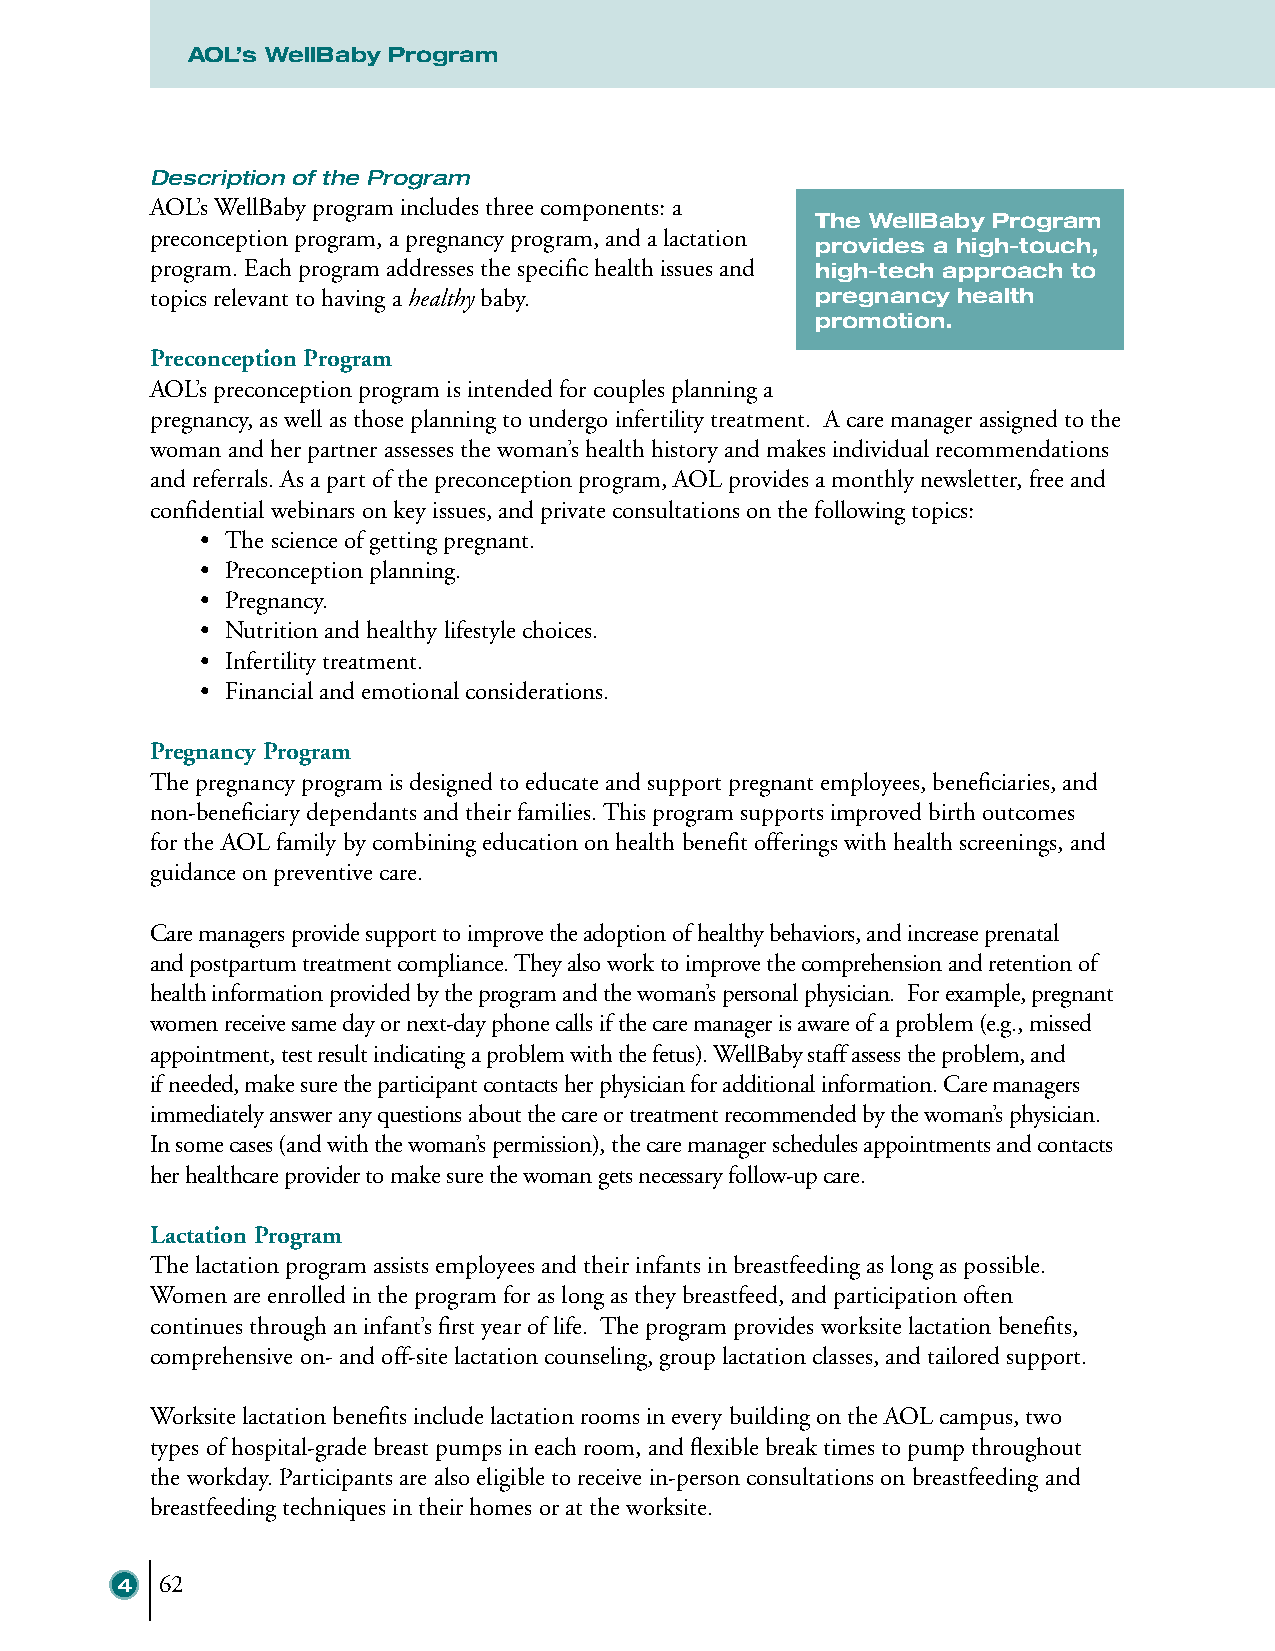
AOL’s WellBaby Program
 Description of the Program
 AOL’s WellBaby program includes three components: a
 The WellBaby Program
 preconception program, a pregnancy program, and a lactation
 provides a high-touch,
 program. Each program addresses the specific health issues and high-tech approach to
 topics relevant to having a healthy baby.   pregnancy health
 promotion.
 Preconception Program
 AOL’s preconception program is intended for couples planning a
 pregnancy, as well as those planning to undergo infertility treatment. A care manager assigned to the
 woman and her partner assesses the woman’s health history and makes individual recommendations
 and referrals. As a part of the preconception program, AOL provides a monthly newsletter, free and
 confidential webinars on key issues, and private consultations on the following topics:
 • The science of getting pregnant.
 • Preconception planning.
 • Pregnancy.
 • Nutrition and healthy lifestyle choices.
 • Infertility treatment.
 • Financial and emotional considerations.
 Pregnancy Program
 The pregnancy program is designed to educate and support pregnant employees, beneficiaries, and
 non-beneficiary dependants and their families. This program supports improved birth outcomes
 for the AOL family by combining education on health benefit offerings with health screenings, and
 guidance on preventive care.
 Care managers provide support to improve the adoption of healthy behaviors, and increase prenatal
 and postpartum treatment compliance. They also work to improve the comprehension and retention of
 health information provided by the program and the woman’s personal physician. For example, pregnant
 women receive same day or next-day phone calls if the care manager is aware of a problem (e.g., missed
 appointment, test result indicating a problem with the fetus). WellBaby staff assess the problem, and
 if needed, make sure the participant contacts her physician for additional information. Care managers
 immediately answer any questions about the care or treatment recommended by the woman’s physician.
 In some cases (and with the woman’s permission), the care manager schedules appointments and contacts
 her healthcare provider to make sure the woman gets necessary follow-up care.
 Lactation Program
 The lactation program assists employees and their infants in breastfeeding as long as possible.
 Women are enrolled in the program for as long as they breastfeed, and participation often
 continues through an infant’s first year of life. The program provides worksite lactation benefits,
 comprehensive on- and off-site lactation counseling, group lactation classes, and tailored support.
 Worksite lactation benefits include lactation rooms in every building on the AOL campus, two
 types of hospital-grade breast pumps in each room, and flexible break times to pump throughout
 the workday. Participants are also eligible to receive in-person consultations on breastfeeding and
 breastfeeding techniques in their homes or at the worksite.
 4  62